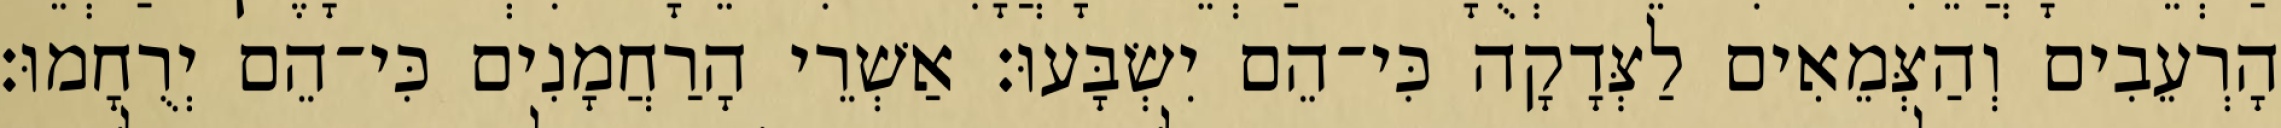
הָרְעֵבִים וְהַצְּמֵאִים לַצְּדָקָה כִּי־הֵם יִשְׂבָּעוּ׃ אַשְׁרֵי הָרַחֲמָנִים כִּי־הֵם יְרֻחָמוּ׃